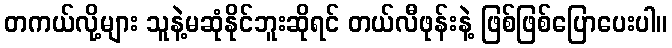
တကယ်လို့များ သူနဲ့မဆုံနိုင်ဘူးဆိုရင် တယ်လီဖုန်းနဲ့ ဖြစ်ဖြစ်ပြောပေးပါ။